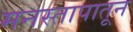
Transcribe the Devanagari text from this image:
मनस्तापातून